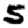
Digit: 5